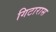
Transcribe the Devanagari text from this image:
गिटारास